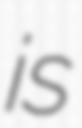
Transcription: is